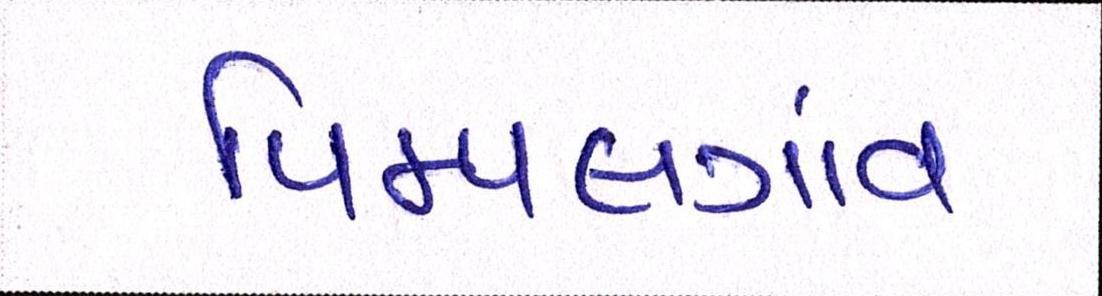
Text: પિમ્પલગાંવ